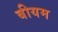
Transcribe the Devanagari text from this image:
बीयम